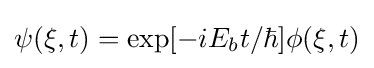
\psi (\mathbf {\xi } ,t)=\exp[-iE_{b}t/\hbar ]\phi (\mathbf {\xi } ,t)